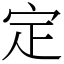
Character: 定